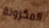
المكرونة